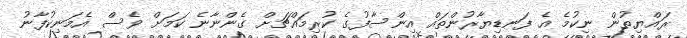
ރައްޔިތުން ނިކުމެ އެ ފަނޑިޔާރުންތައް އިންސާފުގެ ކުރިމައްޗަށް ގެންނާނެ ކަމަށް ވެސް އެމަނިކުފާނު